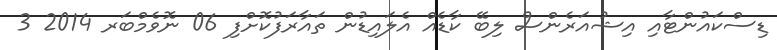
ޑިސްކައުންޓާއި އިޝުއަރެންސް ލިބޭ ކާޑެއް އެލައިޑުން ތައާރަފުކޮށްފި 06 ނޮވެމްބަރ 2014 3